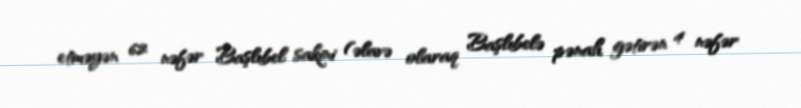
etməyən 62 nəfər Başlıbel sakini (əlavə olaraq Başlıbelə pənah gətirən 4 nəfər